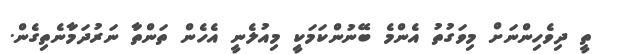
ތީ ދިވެހިންނަށް މިވަގުތު އެންމެ ބޭނުންކަމަކިީ މިއުލެނީ އެހެން ތަންތަާ ނަރުދަމަާނެތިގެން.